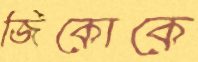
জিকোকে